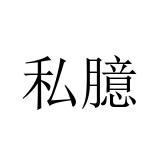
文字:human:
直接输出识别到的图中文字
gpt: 私臆